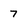
Character: 7